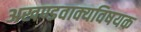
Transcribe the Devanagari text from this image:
अखण्डवाक्यविषयक